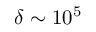
\delta \sim 1 0 ^ { 5 }